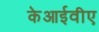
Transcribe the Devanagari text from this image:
केआईवीए